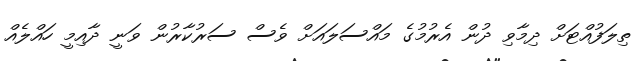
ތިލަފުއްޓަށް ދިމާވި ދުން އެރުމުގެ މައްސަލައަށް ވެސް ސަރުކާރުން ވަނީ ދާއިމީ ހައްލެއް